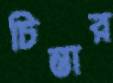
চিন্তার